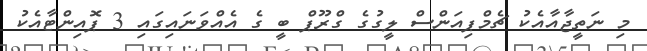
މި ނަތީޖާއާއެކު ޗެމްޕިއަންސް ލީގުގެ ގްރޫޕް ބީ ގެ އެއްވަނައިގައި 3 ޕޮއިންޓާއެކު